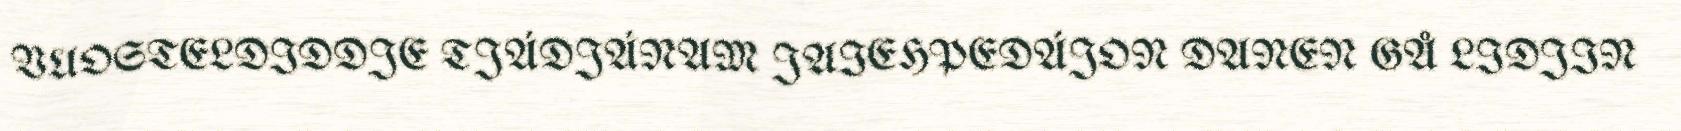
VUOSTELDIDDJE TJÁDJÁNAM JAIEHPEDÁJON DANEN GÅ LIDJIN